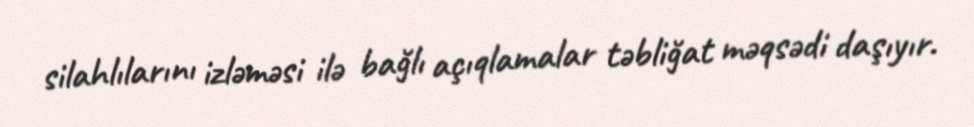
silahlılarını izləməsi ilə bağlı açıqlamalar təbliğat məqsədi daşıyır.